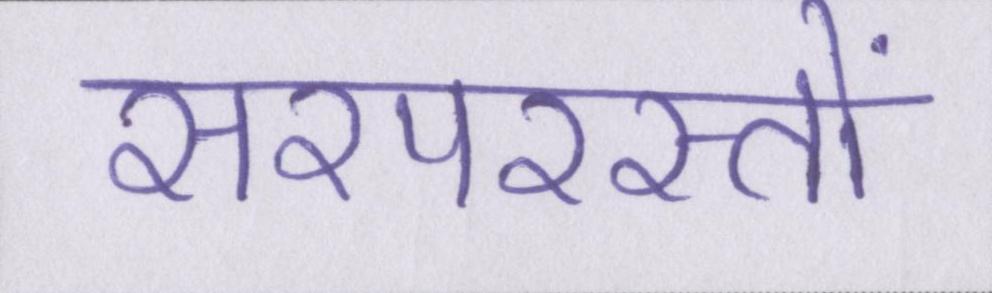
सरपरस्तों